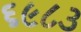
૬૯૮૩